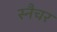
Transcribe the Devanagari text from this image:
स्नैचर